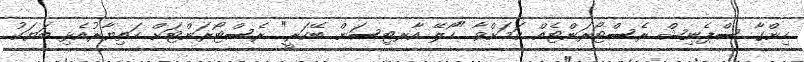
ހިންގާ ސްޕެނިޝް ރެސްޓޯރަންޓެއް ކަމަށްވާ "ހޯލޭ އާރޓިސަން ބޭކަރީ" ރެސްޓޯރަންޓަށް ހަތިޔާރުއެޅި ބަޔަކު